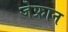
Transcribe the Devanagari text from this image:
जेफ्रान